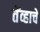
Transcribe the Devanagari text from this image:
तेंव्हाचे